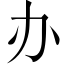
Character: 办